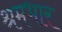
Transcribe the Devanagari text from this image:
श्रमभार